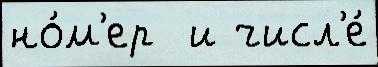
но́м'ер  и числ'е́